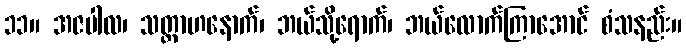
၁၁။ အဇပါလ၊ သတ္တာဟနောက်၊ ဘယ်သို့ရောက်၊ ဘယ်လောက်ကြာအောင် စံသနည်း။